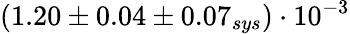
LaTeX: (1.20\pm 0.04\pm 0.07_{sys})\cdot 10^{-3}